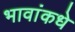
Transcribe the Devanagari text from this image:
भावांकधे